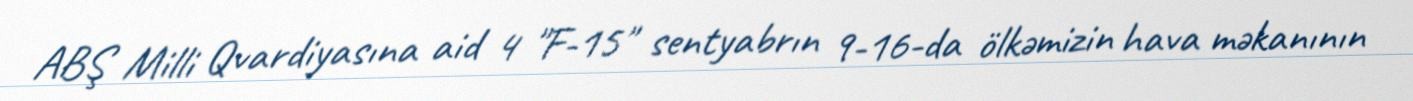
ABŞ Milli Qvardiyasına aid 4 "F-15" sentyabrın 9-16-da ölkəmizin hava məkanının